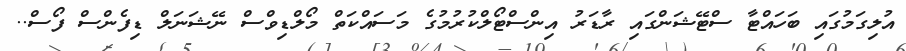
އުލިގަމުގައި ބަހައްޓާ ސްޓޭޝަންގައި ރާޑަރު އިންސްޓޯލްކުރުމުގެ މަސައްކަތް މޯލްޑިވްސް ނޭޝަނަލް ޑިފެންސް ފޯސް..